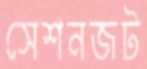
সেশনজট